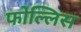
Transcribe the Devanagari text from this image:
फोल्लिस